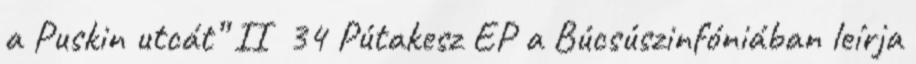
a Puskin utcát” II 34 Pútakesz EP a Búcsúszinfóniában leírja